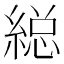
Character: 縂